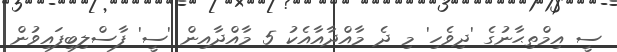
ސީ އިމްތިޙާނުގެ 'ދިވެހި' މި ދެ މާއްދާއާއެކު 5 މާއްދާއިން 'ސީ' ފާސްލިބިފައިވުން